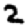
Digit: 2